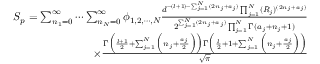
\begin{array} { r } { S _ { p } = \sum _ { n _ { 1 } = 0 } ^ { \infty } \cdots \sum _ { n _ { N } = 0 } ^ { \infty } \phi _ { 1 , 2 , \cdots , N } \frac { d ^ { - ( l + 1 ) - \sum _ { j = 1 } ^ { N } ( 2 n _ { j } + a _ { j } ) } \prod _ { j = 1 } ^ { N } ( R _ { j } ) ^ { ( 2 n _ { j } + a _ { j } ) } } { 2 ^ { \sum _ { j = 1 } ^ { N } ( 2 n _ { j } + a _ { j } ) } \prod _ { j = 1 } ^ { N } \Gamma ( a _ { j } + n _ { j } + 1 ) } } \\ { \times \frac { \Gamma \Big ( \frac { l + 1 } { 2 } + \sum _ { j = 1 } ^ { N } \Big ( n _ { j } + \frac { a _ { j } } { 2 } \Big ) \Big ) \Gamma \Big ( \frac { l } { 2 } + 1 + \sum _ { j = 1 } ^ { N } \Big ( n _ { j } + \frac { a _ { j } } { 2 } \Big ) \Big ) } { \sqrt { \pi } } } \end{array}